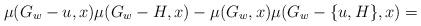
LaTeX: \begin{align*}\mu(G_w-u,x)\mu(G_w-H,x)-\mu(G_w,x)\mu(G_w-\{u,H\},x)=\end{align*}